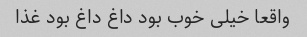
واقعا خیلی خوب بود داغ داغ بود غذا